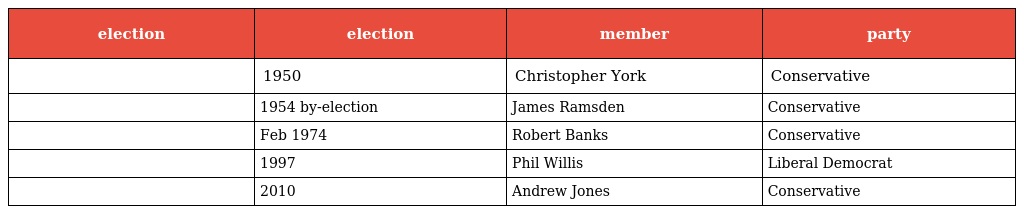
| election | election | member | party |
 | --- | --- | --- | --- |
 |  | 1950 | Christopher York | Conservative |
 |  | 1954 by-election | James Ramsden | Conservative |
 |  | Feb 1974 | Robert Banks | Conservative |
 |  | 1997 | Phil Willis | Liberal Democrat |
 |  | 2010 | Andrew Jones | Conservative |